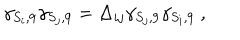
\gamma _ { S _ { i } , 9 } \gamma _ { S _ { j } , 9 } = \Delta _ { i j } \gamma _ { S _ { j } , 9 } \gamma _ { S _ { i } , 9 } ~ ,